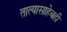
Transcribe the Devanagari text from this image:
तात्यासाहेबही